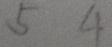
5 4